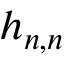
h _ { n , n }